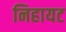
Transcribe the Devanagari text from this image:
निहायट